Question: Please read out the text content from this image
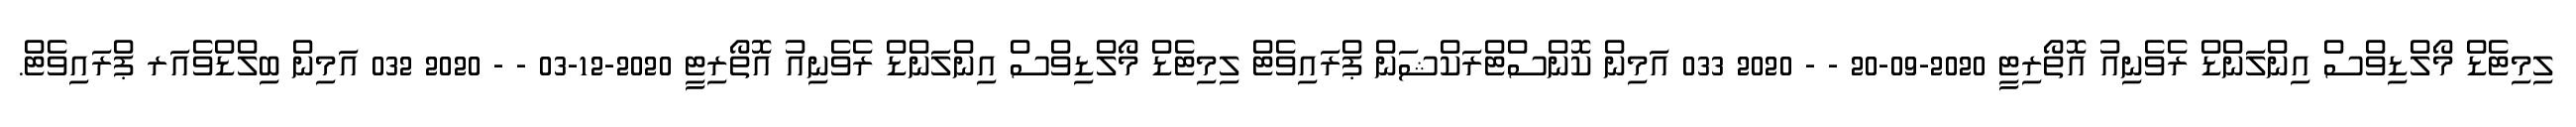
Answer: ލިމިޓެޑް މޯލްޑިވްސް އިންލަންޑް ރެވެނިއު އޮތޯރިޓީ 2020-09-20 - - 2020 033 އަމިން ކޮންސްޓްރަކްޝަން ޕްރައިވެޓް ލިމިޓެޑް މޯލްޑިވްސް އިންލަންޑް ރެވެނިއު އޮތޯރިޓީ 2020-12-03 - - 2020 032 އަމިން ބިލްޑްވެއަރ ޕްރައިވެޓް.